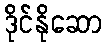
ဒိုင်နိုဆော